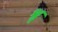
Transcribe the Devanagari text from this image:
श्रृ